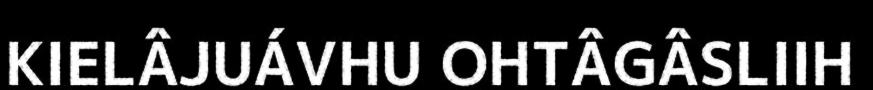
KIELÂJUÁVHU OHTÂGÂSLIIH